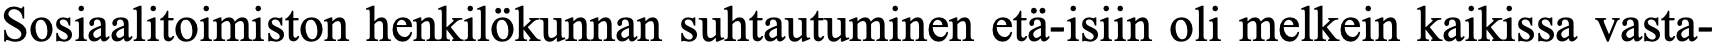
Sosiaalitoimiston henkilökunnan suhtautuminen etä-isiin oli melkein kaikissa vasta-